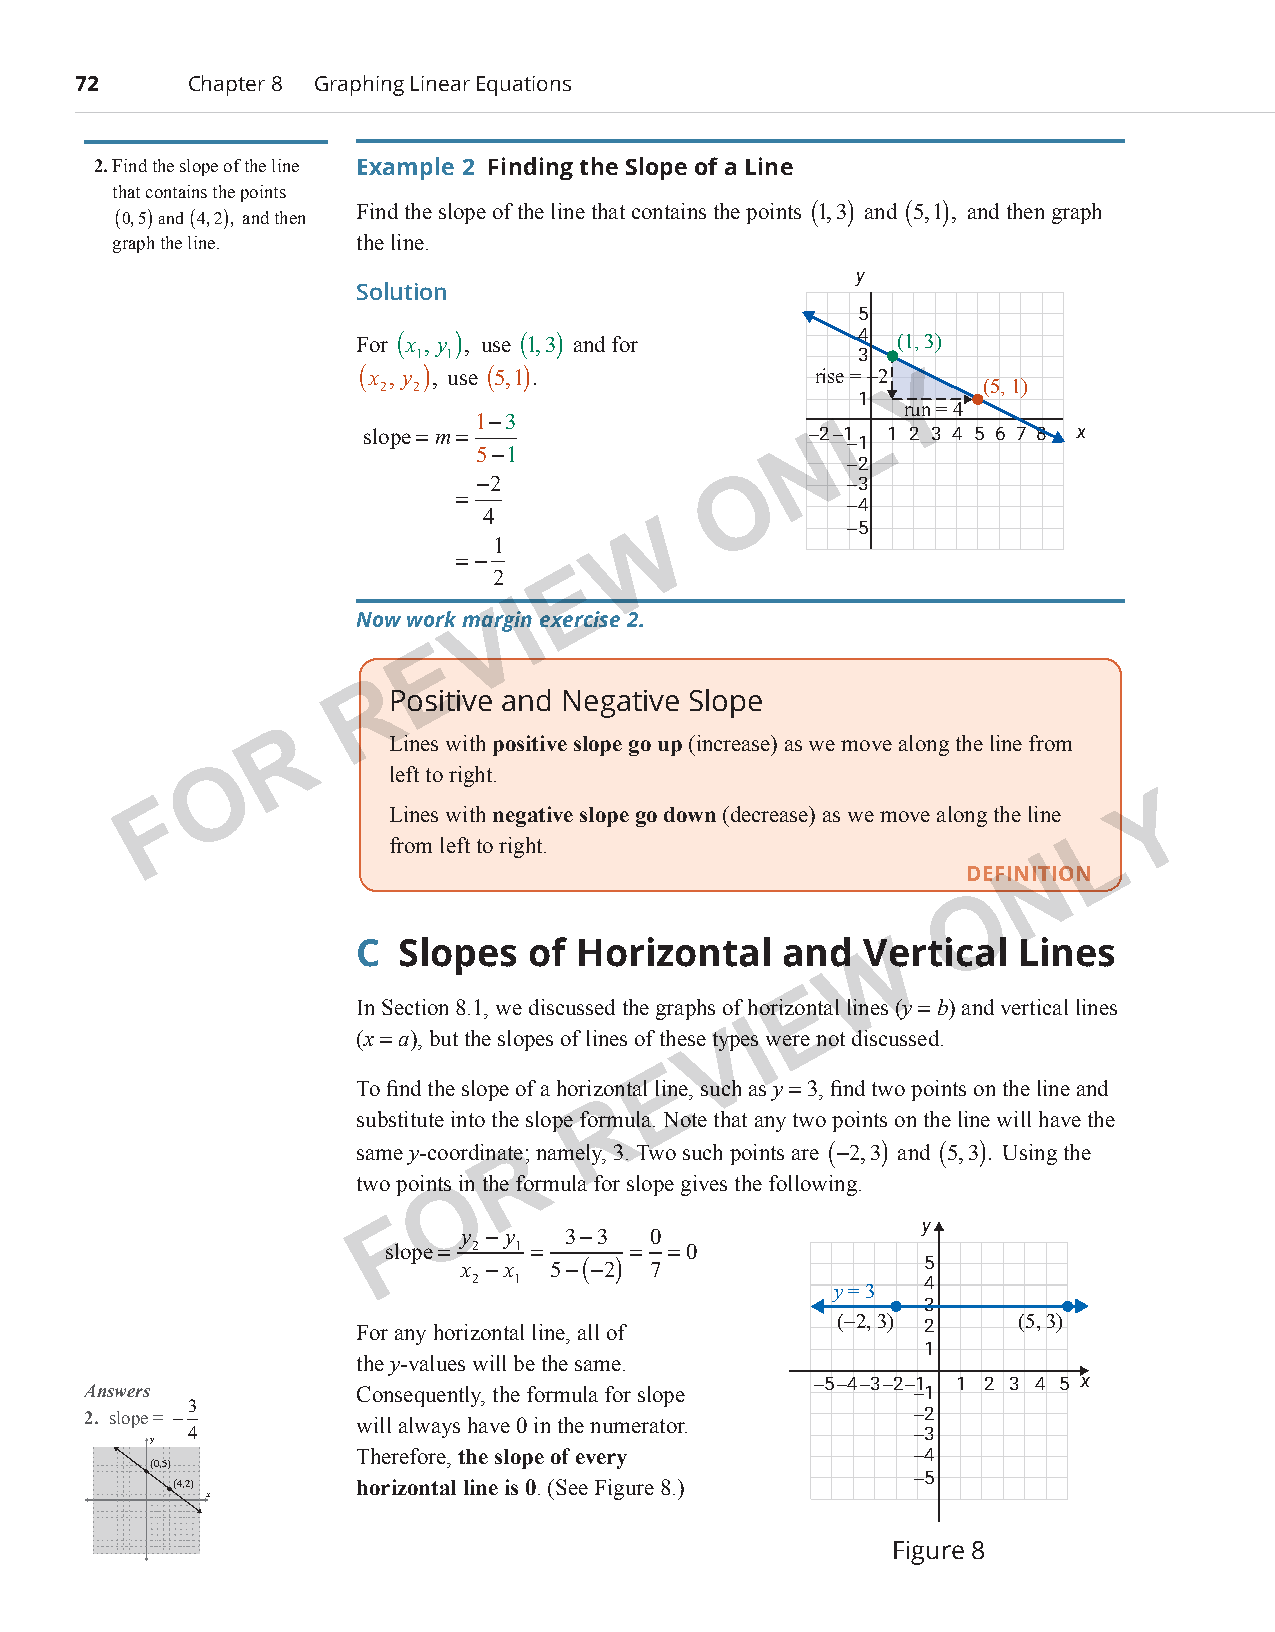
72      Chapter 8 Graphing Linear Equations
 2. Find the slope of the line Example 2 Finding the Slope of a Line
 that contains the points
 (0,5) and (4,2), and then Find the slope of the line that contains the points (1,3) and (5,1), and then graph
 graph the line. the line.
 y
 Solution
 5
 For (x , y ), use (1,3) and for  4  (1, 3)
 1 1                          3
 (x 2, y 2), use (5,1).        rise = −2 Y (5, 1)
 1
 L run = 4
 1−3
 slope=m=                      −2−1 1 2 3 4 5 6 7 8 x
 N  −1
 5−1
 −2
 −2               O      −3
 =
 −4
 4
 W             −5
 1
 =−
 2    E
 I
 Now work maVrgin exercise 2.
 E
 R
 Positive and Negative Slope
 R
 Lines with positive slope go up (increase) as we move along the line from
 O           left to right.
 F              Lines with negative slope go down (decrease) as we move along the line Y
 L
 from left to right.
 N
 DEFINITION
 O
 C  Slopes  of Horizontal    and  WVertical  Lines
 E
 In Section 8.1, we discussed the graphs of horizontal lines (y = b) and vertical lines
 (x = a), but the slopes of lines of these
 tyVpesI
 were not discussed.
 E
 To find the slope of a horizontal line, such as y = 3, find two points on the line and
 R
 substitute into the slope formula. Note that any two points on the line will have the
 same y-coordinatRe; na mely, 3. Two such points are (−2,3) and (5,3). Using the
 two points in the formula for slope gives the following.
 O
 F                                  y
 y − y  3−3  0
 slope= 2 1 =    = =0
 x −x  5−(−2) 7                5
 2  1                          4
 y = 3
 3
 For any horizontal line, all of (−2, 3) 2   (5, 3)
 1
 the y-values will be the same.
 −5−4−3−2−1 1 2 3 4 5 x
 Answers           Consequently, the formula for slope  −1
 3
 2. slope = −                                           −2
 will always have 0 in the numerator.
 4                                               −3
 y
 Therefore, the slope of every        −4
 (0,5)
 −5
 (4,2)       horizontal line is 0. (See Figure 8.)
 x
 Figure 8
 PCM_Marketing_Booklet.indb 72                                            10/11/2017 10:02:25 AM